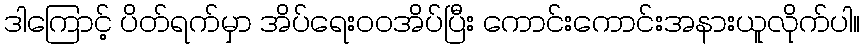
ဒါကြောင့် ပိတ်ရက်မှာ အိပ်ရေးဝဝအိပ်ပြီး ကောင်းကောင်းအနားယူလိုက်ပါ။